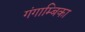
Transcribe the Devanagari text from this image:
गंगाम्बिका